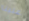
علينا